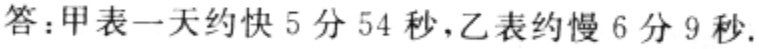
答：甲表一天约快 5 分 54 秒,乙表约慢 6 分 9 秒.